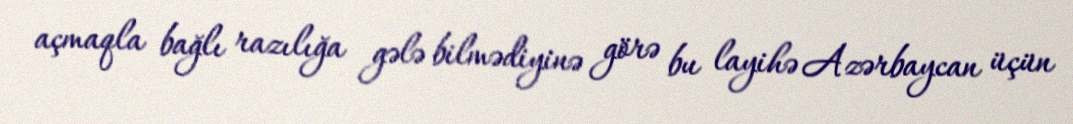
açmaqla bağlı razılığa gələ bilmədiyinə görə bu layihə Azərbaycan üçün